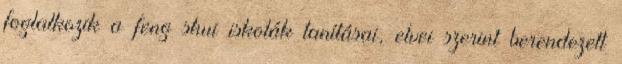
foglalkozik a feng shui iskolák tanításai, elvei szerint berendezett